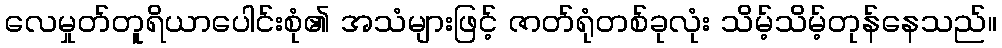
လေမှုတ်တူရိယာပေါင်းစုံ၏ အသံများဖြင့် ဇာတ်ရုံတစ်ခုလုံး သိမ့်သိမ့်တုန်နေသည်။